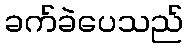
ခက်ခဲပေသည်